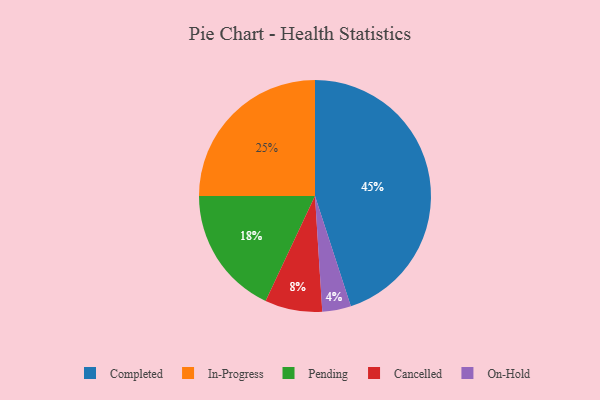
{"axis": {"x": "Category", "y": "Percentage"}, "legend": ["Cancelled", "Completed", "In-Progress", "On-Hold", "Pending"], "data": [{"x": "In-Progress", "y": 25, "type": "In-Progress"}, {"x": "Pending", "y": 18, "type": "Pending"}, {"x": "On-Hold", "y": 4, "type": "On-Hold"}, {"x": "Cancelled", "y": 8, "type": "Cancelled"}, {"x": "Completed", "y": 45, "type": "Completed"}]}